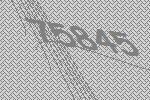
75845